On the action of the venoms of the cobra (Naja tripudians) and of the daboia (Daboia russellii) on the red blood corpuscles and on the blood plasma - Number 4
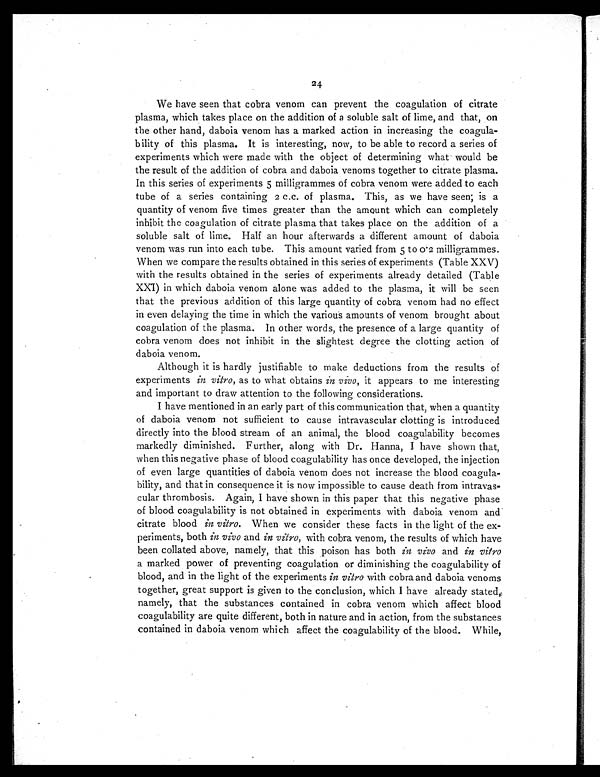
24
We have seen that cobra venom can prevent the coagulation of citrate
plasma, which takes place on the addition of a soluble salt of lime, and that, on
the other hand, daboia venom has a marked action in increasing the coagula-
bility of this plasma. It is interesting, now, to be able to record a series of
experiments which were made with the object of determining what would be
the result of the addition of cobra and daboia venoms together to citrate plasma.
In this series of experiments 5 milligrammes of cobra venom were added to each
tube of a series containing 2 c.c. of plasma. This, as we have seen; is a
quantity of venom five times greater than the amount which can completely
inhibit the coagulation of citrate plasma that takes place on the addition of a
soluble salt of lime. Half an hour afterwards a different amount of daboia
venom was run into each tube. This amount varied from 5 to 0.2 milligrammes.
When we compare the results obtained in this series of experiments (Table XXV)
with the results obtained in the series of experiments already detailed (Table
XX1) in which daboia venom alone was added to the plasma, it will be seen
that the previous addition of this large quantity of cobra venom had no effect
in even delaying the time in which the various amounts of venom brought about
coagulation of the plasma. In other words, the presence of a large quantity of
cobra venom does not inhibit in the slightest degree the clotting action of
daboia venom.
Although it is hardly justifiable to make deductions from the results of
experiments in vitro, as to what obtains in vivo, it appears to me interesting
and important to draw attention to the following considerations.
I have mentioned in an early part of this communication that, when a quantity
of daboia venom not sufficient to cause intravascular clotting is introduced
directly into the blood stream of an animal, the blood coagulability becomes
markedly diminished. Further, along with Dr. Hanna, I have shown that,
when this negative phase of blood coagulability has once developed, the injection
of even large quantities of daboia venom does not increase the blood coagula-
bility, and that in consequence it is now impossible to cause death from intravas-
cular thrombosis. Again, I have shown in this paper that this negative phase
of blood coagulability is not obtained in experiments with daboia venom and
citrate blood in vitro. When we consider these facts in the light of the ex-
periments, both in vivo and in vitro, with cobra venom, the results of which have
been collated above, namely, that this poison has both in vivo and in vitro
a marked power of preventing coagulation or diminishing the coagulability of
blood, and in the light of the experiments in vitro with cobra and daboia venoms
together, great support is given to the conclusion, which I have already stated,
namely, that the substances contained in cobra venom which affect blood
coagulability are quite different, both in nature and in action, from the substances
contained in daboia venom which affect the coagulability of the blood. While,